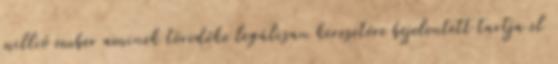
millió ember aminek töredéke legálisan keresetére bejelentett tartja el